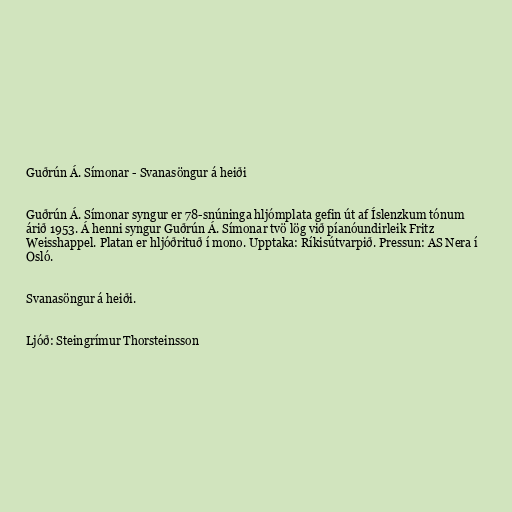
Guðrún Á. Símonar - Svanasöngur á heiði

Guðrún Á. Símonar syngur er 78-snúninga hljómplata gefin út af Íslenzkum tónum
árið 1953. Á henni syngur Guðrún Á. Símonar tvö lög við píanóundirleik Fritz
Weisshappel. Platan er hljóðrituð í mono. Upptaka: Ríkisútvarpið. Pressun: AS Nera í
Osló.

Svanasöngur á heiði.

Ljóð: Steingrímur Thorsteinsson